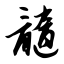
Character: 髓